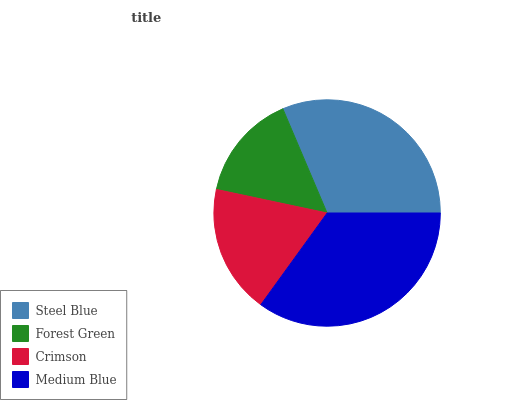
| Steel Blue | Forest Green | Crimson | Medium Blue |
 | --- | --- | --- | --- |
 | 31.4% | 15.3% | 18.3% | 35% |